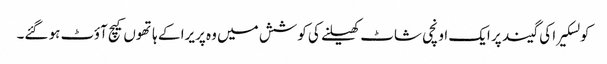
کولسکیرا کی گیند پر ایک اونچی شاٹ کھیلنے کی کوشش میں وہ پریرا کے ہاتھوں کیچ آؤٹ ہو گئے۔